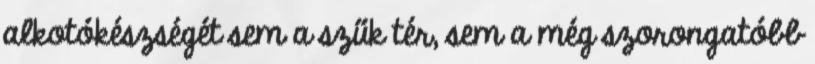
alkotókészségét sem a szűk tér, sem a még szorongatóbb